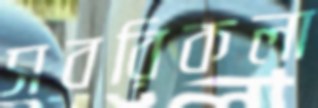
সবরিকলা